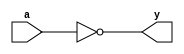
//inverter
module _inv(y, a);
	input a;					//input
	output y;	
	
	assign y = ~a;			//output
endmodule

//2-to-1 AND
module _and2(y, a, b);
	input a, b;				//input
	output y;
	
	assign y = a & b;		//output
endmodule

//2-to-1 NAND
module _nand2(y, a, b);
	input a, b;				//input
	output y;	
	
	assign y = ~(a & b);	//output
endmodule

//2-to-1 OR
module _or2(y, a, b);
	input a, b;				//input
	output y;
	
	assign y = a | b;		//output
endmodule

//2-to-1 XOR
module _xor2(y, a, b);
	input a, b;				//input
	output y;
	
	wire iv_a, iv_b;	//store inverted a and inverted b
	wire w0, w1;			
	
	_inv iv0(.y(iv_b), .a(b));				//iv_b = ~b
	_inv iv1(.y(iv_a), .a(a));				//iv_a = ~a
	_and2 and20(.y(w0), .a(a), .b(iv_b)); //w0 = a | ~b
	_and2 and21(.y(w1), .a(iv_a), .b(b));	//w1 = ~a | b
	_or2 or20(.y(y), .a(w0), .b(w1)); 		//y = w0 | w1
endmodule

//3-to-1 AND
module _and3(y, a, b, c);
	input a, b, c;	//input
	output y;
	
	assign y = a & b & c;	//output
endmodule

//4-to-1 AND
module _and4(y, a, b, c, d);
	input a, b, c, d;	//intput
	output y;
	
	assign y = a & b & c & d;	//output
endmodule

//5-to-1 AND
module _and5(y, a, b, c, d, e);
	input a, b, c, d, e;	//input
	output y;
	
	assign y = a & b & c & d & e;	//output
endmodule

//3-to-1 OR
module _or3(y, a, b, c);
	input a, b, c;	//input
	output y;
	
	assign y = a | b | c;	//output
endmodule

//4-to-1 OR
module _or4(y, a, b, c, d);
	input a, b, c, d;	//input
	output y;
	
	assign y = a | b | c | d;	//output
endmodule

//5-to-1 OR
module _or5(y, a, b, c, d, e);
	input a, b, c, d, e;	//input
	output y;
	
	assign y = a | b | c | d | e;	//output
endmodule

//4 bits inverter
module _inv_4bits(y, a);
	input [3:0] a;
	output [3:0] y;
	assign y = ~ a;
endmodule

//4 bits 2-to-1 AND
module _and2_4bits(y, a, b);
	input [3:0] a, b;
	output [3:0] y;
	assign y = a & b;
endmodule

//4 bits 2-to-1 OR
module _or2_4bits(y, a, b);
	input [3:0] a, b;
	output [3:0] y;
	assign y = a | b;
endmodule

//4 bits 2-to-1 XOR
module _xor2_4bits(y, a, b);
	input [3:0] a, b;
	output [3:0] y;
	
	_xor2 U0_xor2 (.y(y[0]), .a(a[0]), .b(b[0]));
	_xor2 U1_xor2 (.y(y[1]), .a(a[1]), .b(b[1]));
	_xor2 U2_xor2 (.y(y[2]), .a(a[2]), .b(b[2]));
	_xor2 U3_xor2 (.y(y[3]), .a(a[3]), .b(b[3]));
endmodule

//4 bits 2-to-1 XNOR
module _xnor2_4bits(y, a, b);
	input [3:0] a, b;
	output [3:0] y;
	
	wire [3:0] w0;
	_xor2_4bits U0_xor2_4bits (.y(w0), .a(a), .b(b));
	_inv_4bits U1_inv_4bits (.y(y), .a(w0));
endmodule

//32 bits inverter
module _inv_32bits(y, a);
	input [31:0] a;
	output [31:0] y;
	assign y = ~a;
endmodule

//32 bits 2-to-1 AND
module _and2_32bits(y, a, b);
	input [31:0] a, b;
	output [31:0] y;
	assign y = a & b;
endmodule

//32 bits 2-to-1 OR
module _or2_32bits(y, a, b);
	input [31:0] a, b;
	output [31:0] y;
	assign y = a | b;
endmodule

//32 bits XOR 
module _xor2_32bits(y, a, b);
	input [31:0] a, b;
	output [31:0] y;
	_xor2_4bits U0_xor2_4bits(.y(y[3:0]), .a(a[3:0]), .b(b[3:0]));
	_xor2_4bits U1_xor2_4bits(.y(y[7:4]), .a(a[7:4]), .b(b[7:4]));
	_xor2_4bits U2_xor2_4bits(.y(y[11:8]), .a(a[11:8]), .b(b[11:8]));
	_xor2_4bits U3_xor2_4bits(.y(y[15:12]), .a(a[15:12]), .b(b[15:12]));
	_xor2_4bits U4_xor2_4bits(.y(y[19:16]), .a(a[19:16]), .b(b[19:16]));
	_xor2_4bits U5_xor2_4bits(.y(y[23:20]), .a(a[23:20]), .b(b[23:20]));
	_xor2_4bits U6_xor2_4bits(.y(y[27:24]), .a(a[27:24]), .b(b[27:24]));
	_xor2_4bits U7_xor2_4bits(.y(y[31:28]), .a(a[31:28]), .b(b[31:28]));
endmodule

//32 bits XNOR
module _xnor2_32bits(y, a, b);
	input [31:0] a, b;
	output [31:0] y;
	_xnor2_4bits U0_xnor2_4bits(.y(y[3:0]), .a(a[3:0]), .b(b[3:0]));
	_xnor2_4bits U1_xnor2_4bits(.y(y[7:4]), .a(a[7:4]), .b(b[7:4]));
	_xnor2_4bits U2_xnor2_4bits(.y(y[11:8]), .a(a[11:8]), .b(b[11:8]));
	_xnor2_4bits U3_xnor2_4bits(.y(y[15:12]), .a(a[15:12]), .b(b[15:12]));
	_xnor2_4bits U4_xnor2_4bits(.y(y[19:16]), .a(a[19:16]), .b(b[19:16]));
	_xnor2_4bits U5_xnor2_4bits(.y(y[23:20]), .a(a[23:20]), .b(b[23:20]));
	_xnor2_4bits U6_xnor2_4bits(.y(y[27:24]), .a(a[27:24]), .b(b[27:24]));
	_xnor2_4bits U7_xnor2_4bits(.y(y[31:28]), .a(a[31:28]), .b(b[31:28]));
endmodule